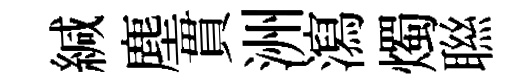
緘塵貫洲瀉燭聮